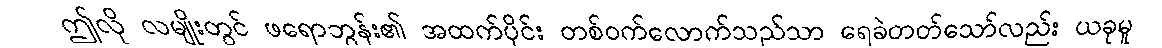
ဤလို လမျိုးတွင် ဖရောဘွန်း၏ အထက်ပိုင်း တစ်ဝက်လောက်သည်သာ ရေခဲတတ်သော်လည်း ယခုမူ